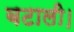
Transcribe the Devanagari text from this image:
बटाली।